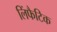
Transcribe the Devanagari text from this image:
लिंफैटिक